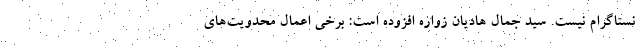
نستاگرام نیست. سید جمال هادیان زواره افزوده است: برخی اعمال محدویت‌های